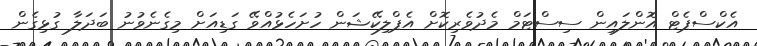
އެކްސްޕެޓް އޮންލައިން ސިސްޓަމް މެދުވެރިކޮށް އެޕްލިކޭޝަން ހުށަހެޅުއްވޭ ގަޑިއަށް މިގެނެވުނު ބަދަލާ ގުޅިގެން